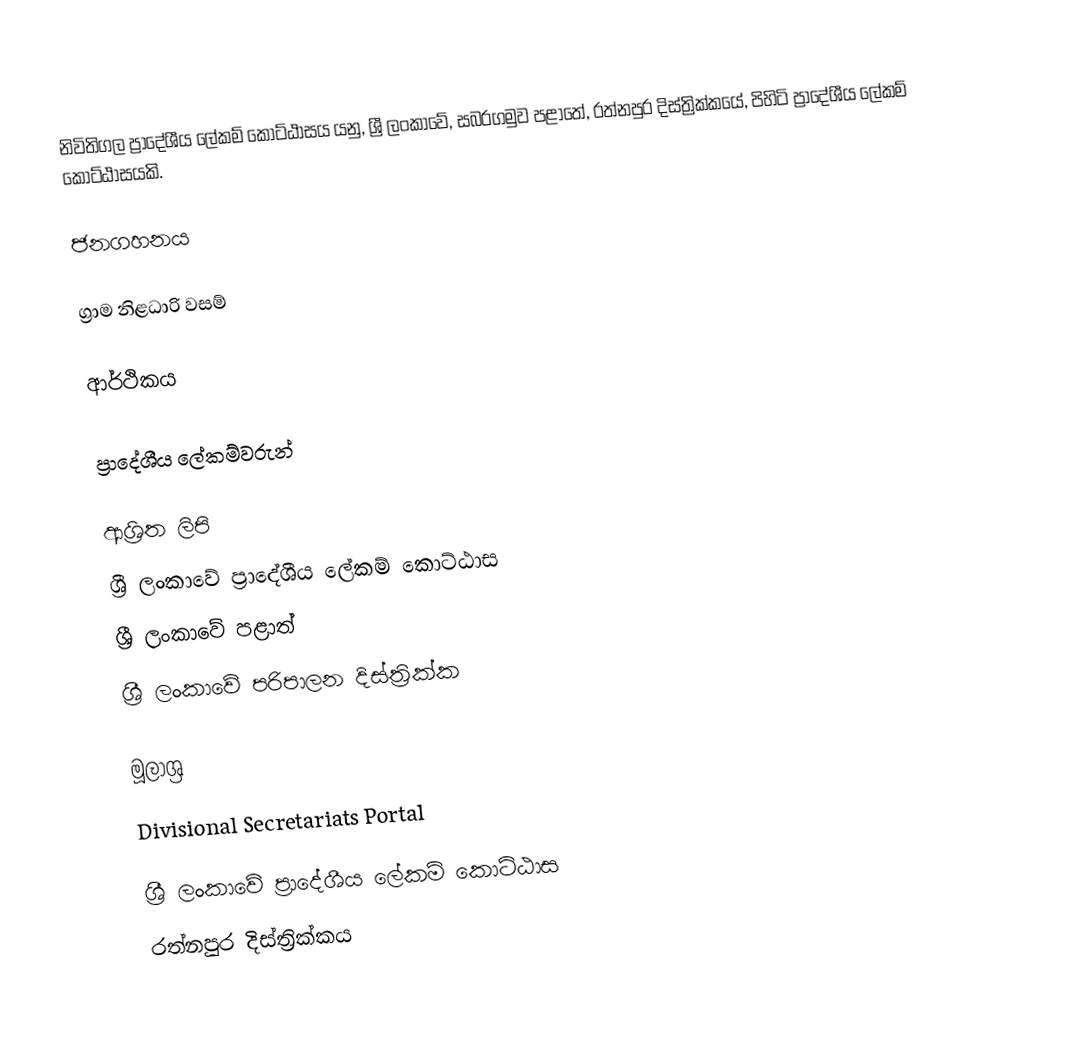
නිවිතිගල ප්‍රාදේශීය ලේකම් කොට්ඨාසය යනු,  ශ්‍රී ලංකාවේ, සබරගමුව පළාතේ,   රත්නපුර දිස්ත්‍රික්කයේ, පිහිටි ප්‍රාදේශීය ලේකම් කොට්ඨාසයකි.

ජනගහනය

ග්‍රාම නිළධාරි වසම්

ආර්ථිකය

ප්‍රාදේශීය ලේකම්වරුන්

ආශ්‍රිත ලිපි
ශ්‍රී ලංකාවේ ප්‍රාදේශීය ලේකම් කොට්ඨාස
ශ්‍රී ලංකාවේ පළාත්
ශ්‍රී ලංකාවේ පරිපාලන දිස්ත්‍රික්ක

මූලාශ්‍ර
 Divisional Secretariats Portal

ශ්‍රී ලංකාවේ ප්‍රාදේශීය ලේකම් කොට්ඨාස
රත්නපුර  දිස්ත්‍රික්කය